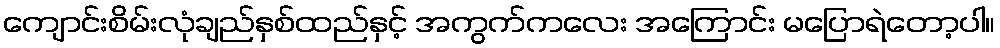
ကျောင်းစိမ်းလုံချည်နှစ်ထည်နှင့် အကွက်ကလေး အကြောင်း မပြောရဲတော့ပါ။